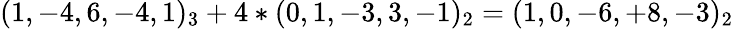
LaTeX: (1,-4,6,-4,1)_{3}+4*(0,1,-3,3,-1)_{2}=(1,0,-6,+8,-3)_{2}